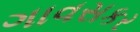
ગાવસકર